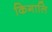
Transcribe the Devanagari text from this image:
किगालि